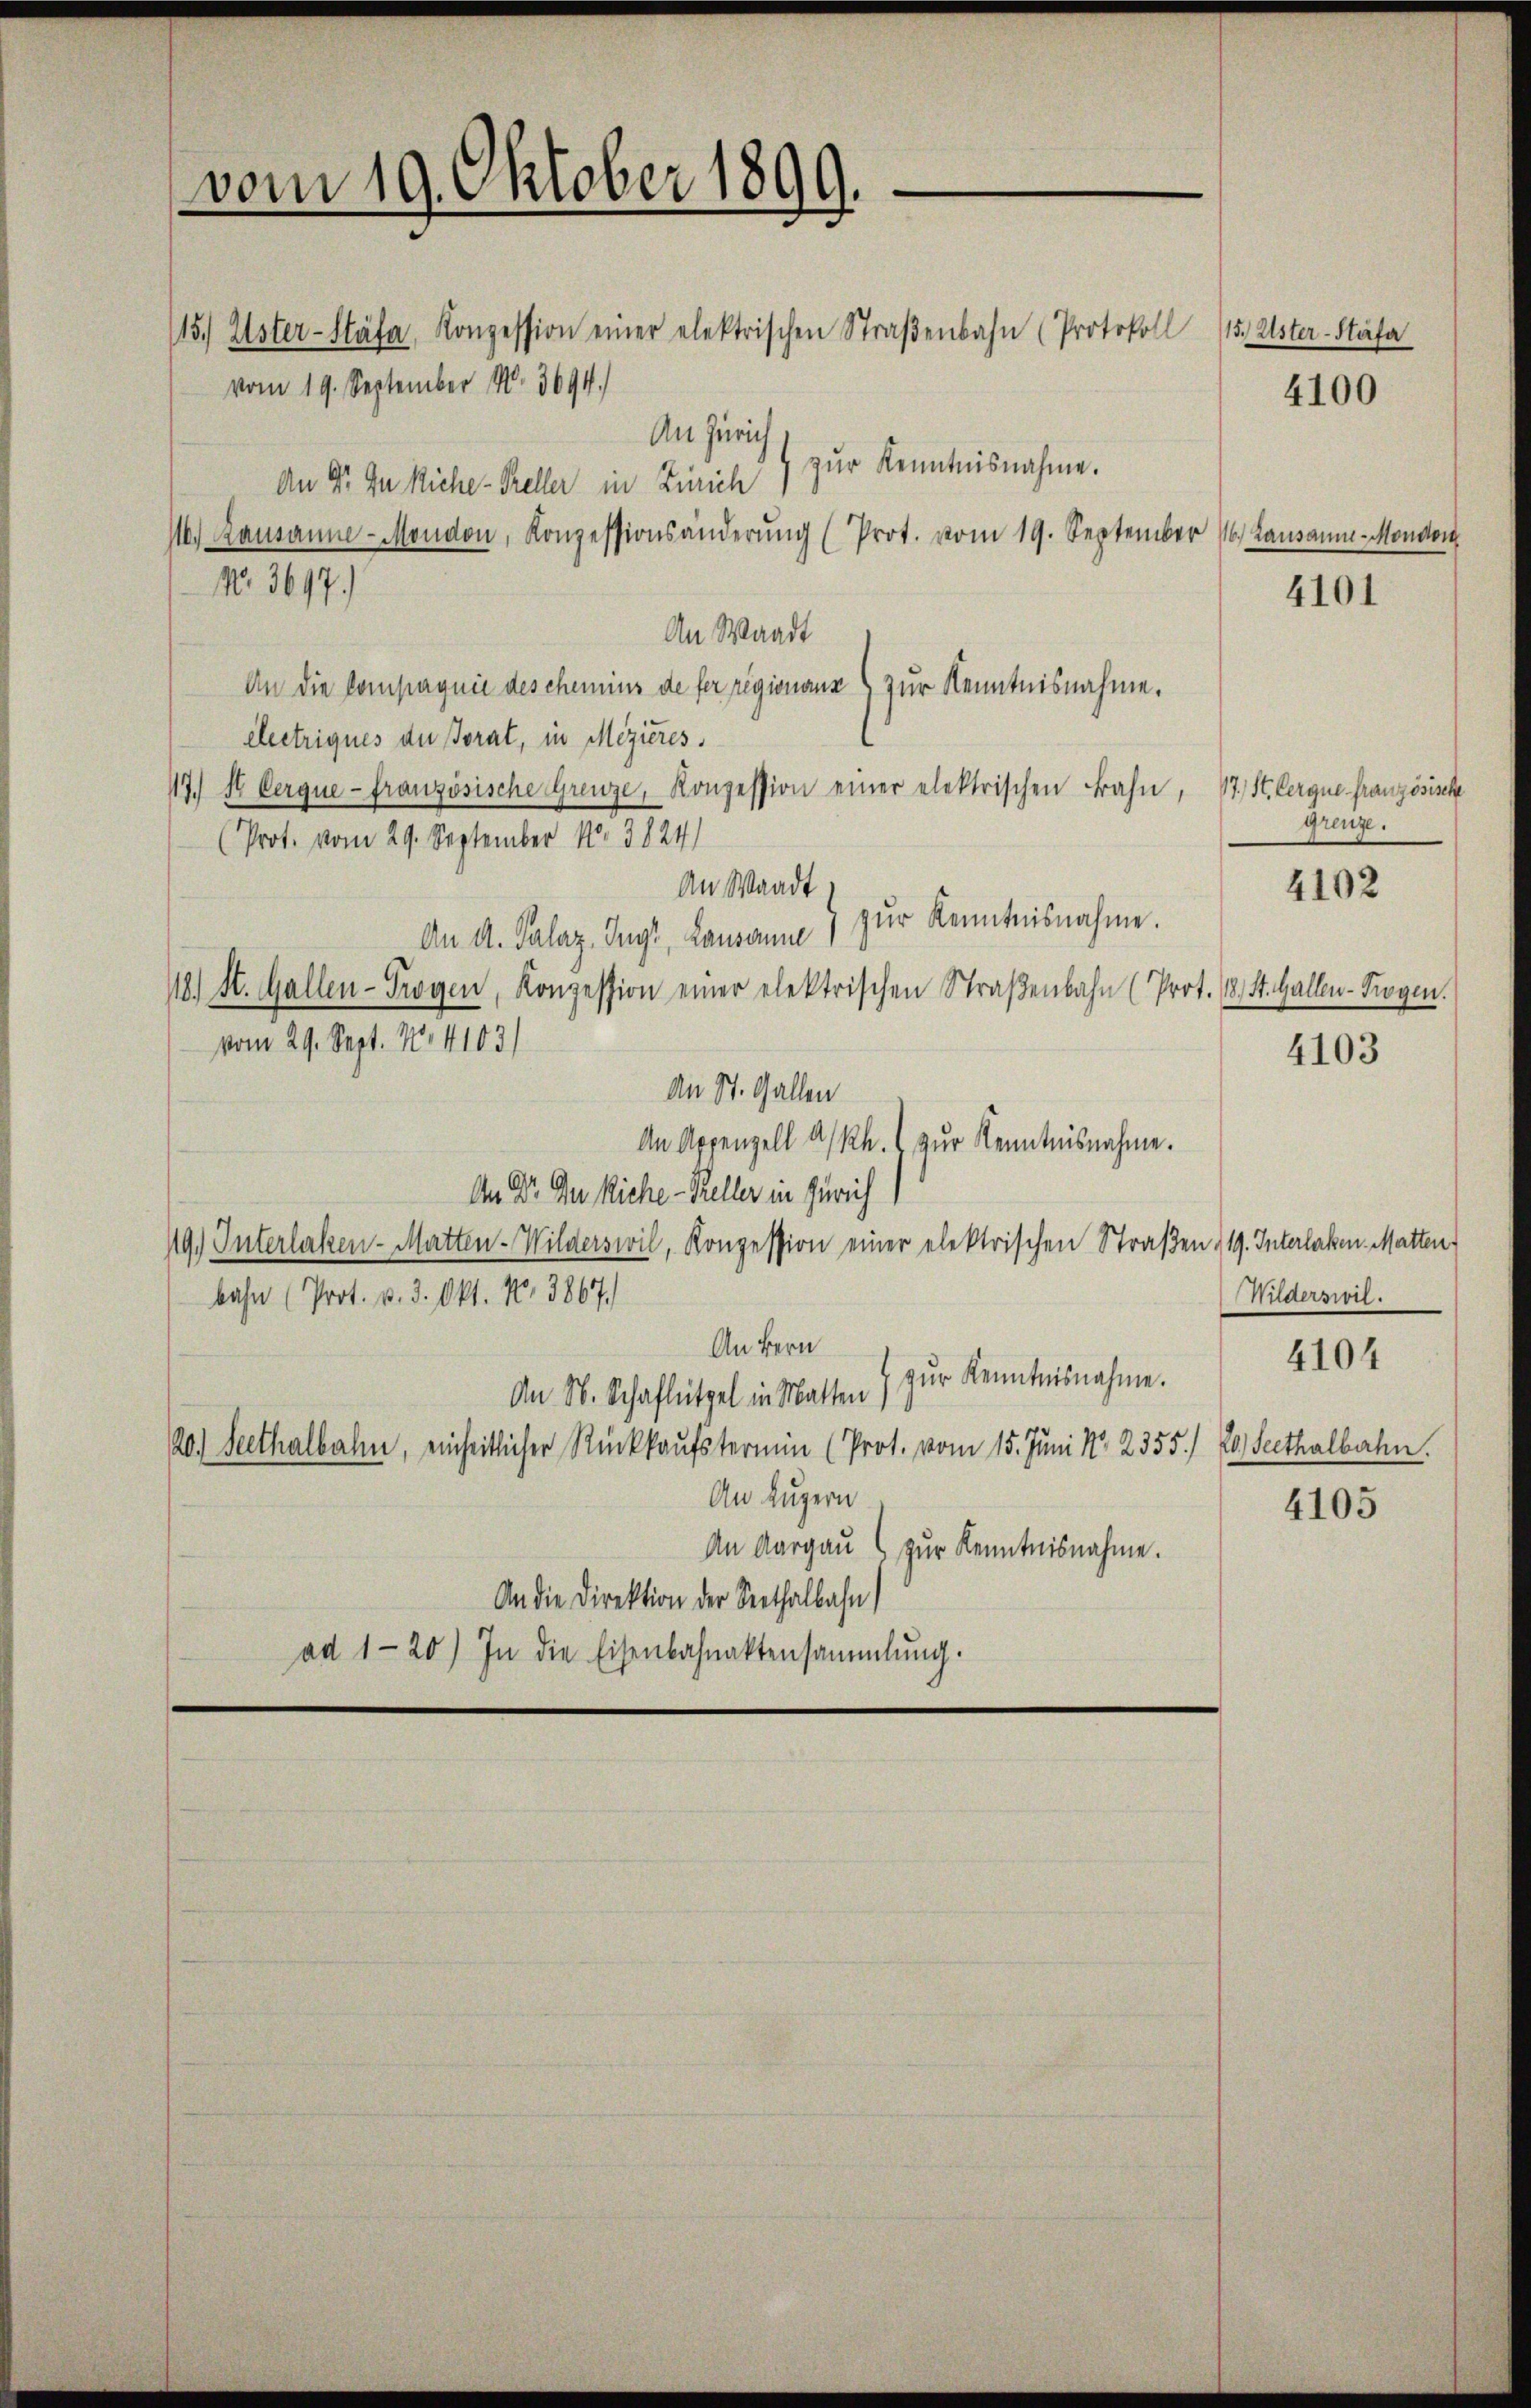
vom 19. Oktober 1899.

No 367.)

15. Uster-Stäfa, Konzession einer elektrischen Straβenbahn (Protokoll 115. Alster-Stäfa
vom 19. September N. 3694.
An Zürich
zŭr Kenntnisnahme.
1.) Ramanne-Monaon, Konzessionsänderŭng (Prot. vom 19. September 16. Landaŭm-Mondon
An Waadt
An die Compagnie des chemins de fer regionanz) zur Kenntnisnahme.
clectriques der Torat, in Mezieres
17.) H Cerque- französische Grenze, Konzession einer elektrischen Bahn, 17. St. Cerque französisch
(Prot. vom 29. September N. 3824)
An Waadt
 zŭr Kenntnisnahme.
An A. Palaz, Ingi, Lausanne
118) St. Gallen-Trogen, Konzession einer elektrischen Straßenbahn (Prot. 18, St. Gallen-Trogen.
vom 29. Sept. 14103)
An St. Gallen
An Appenzell a/Rh. zur Kenntnisnahme.
An Dr. Du siche - Keller in Zürich
119) Interlaken-Matten-Wilderswil, Konzession einer elektrischen Straßen 119. Interlaken. Matten
bahn (Prot. v. 3. Okt. Nr. 3867.
An Bern
 zŭr Kenntnisnahme.
An S. Schaflützel in Matten)
20.) Seethalbahn, einheitlicher Rückkaufstermin (Prot. vom 15. Juni N. 2355./ 20 Seethalbahn.
An Luzern
An Aargaŭ zŭr Kenntnisnahme.
An die Direktion der Seethalbahn
ad 1-20) In die Eisenbahnaktensammlung.

An 9. In Riche - Preller in Zürich

grenze.

Wilderswil.

4100

4101

4102

4103

4104

4105